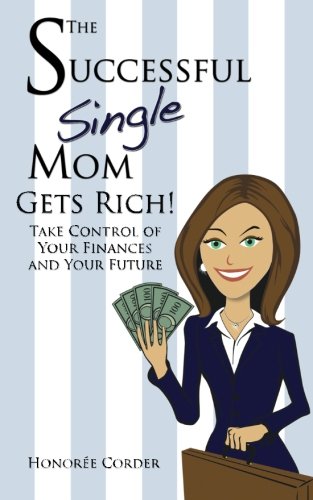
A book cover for The Successful Single Mom Gets Rich!: Take Control of Your Finances and Your Future (Volume 3); Honoree Corder; Parenting & Relationships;